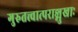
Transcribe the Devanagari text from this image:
गुरुतत्त्वात्पराङ्मुखाः